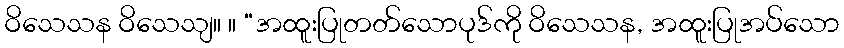
ဝိသေသန ဝိသေသျ။ ။ “အထူးပြုတတ်သောပုဒ်ကို ဝိသေသန, အထူးပြုအပ်သော